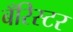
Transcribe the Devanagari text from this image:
बँरिस्टर